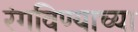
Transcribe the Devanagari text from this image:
रंगविण्याच्या